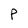
Character: P